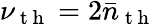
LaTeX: \nu_{\mathrm{~t~h~}}=2\bar{n}_{\mathrm{~t~h~}}